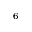
^ 6